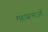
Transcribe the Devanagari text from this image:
महासभाओं